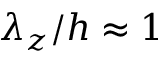
\lambda _ { z } / h \approx 1